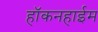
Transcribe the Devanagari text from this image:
हॉकनहाईम